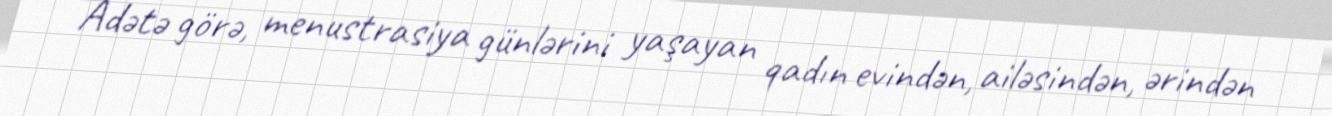
Adətə görə, menustrasiya günlərini yaşayan qadın evindən, ailəsindən, ərindən